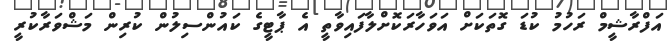
އަފްރާޝީމް ރަހުމު ކުޑަ ގޮތަކަށް އަވަހާރަކޮށްލާފައިވާތީ އެ ޕާޓީގެ ކައުންސިލުން ކުރިން މަޝްވަރާކުރީ